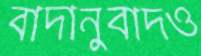
বাদানুবাদও